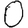
Digit: 0